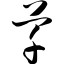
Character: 芊